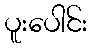
ပူးပေါင်း